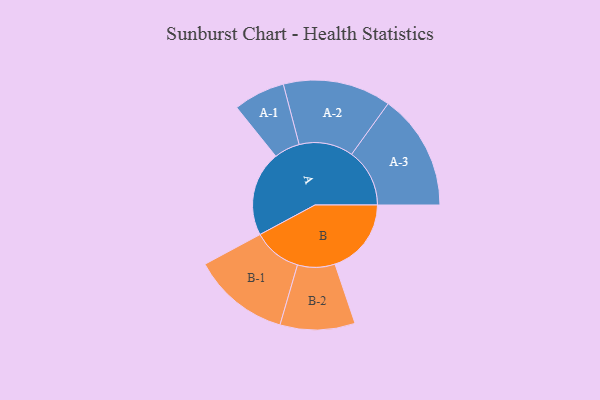
{"axis": {"x": "Segment", "y": "Value"}, "legend": ["", "A", "B"], "data": [{"x": "A", "y": 409, "type": ""}, {"x": "B", "y": 367, "type": ""}, {"x": "A-1", "y": 124, "type": "A"}, {"x": "A-2", "y": 260, "type": "A"}, {"x": "A-3", "y": 279, "type": "A"}, {"x": "B-1", "y": 234, "type": "B"}, {"x": "B-2", "y": 180, "type": "B"}]}